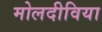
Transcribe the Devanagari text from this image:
मोलदीविया